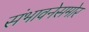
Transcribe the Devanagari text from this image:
संभावनेसमोर